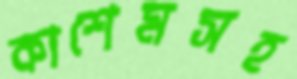
কাশেমসহ